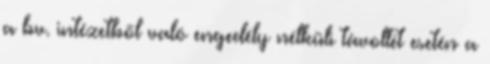
a bv. intézetből való engedély nélküli távollét esetén a